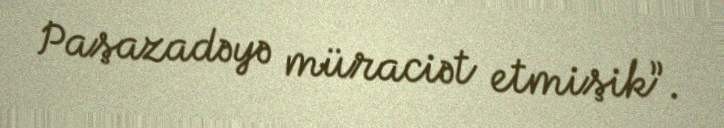
Paşazadəyə müraciət etmişik”.